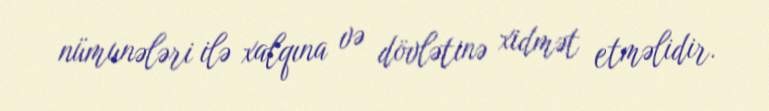
nümunələri ilə xalqına və dövlətinə xidmət etməlidir.